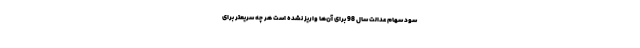
سود سهام عدالت سال 98 برای آن‌ها واریز نشده است هر چه سریعتر برای